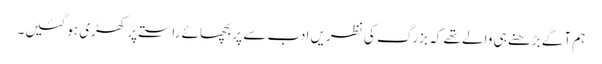
ہم آگے بڑھنے ہی والے تھے کہ بزرگ کی نظریں ادب سے پر بچھائے راستے پر کھڑی ہوگئیں۔